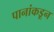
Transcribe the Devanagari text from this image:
पानांकडून